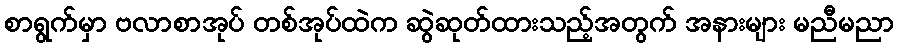
စာရွက်မှာ ဗလာစာအုပ် တစ်အုပ်ထဲက ဆွဲဆုတ်ထားသည့်အတွက် အနားများ မညီမညာ